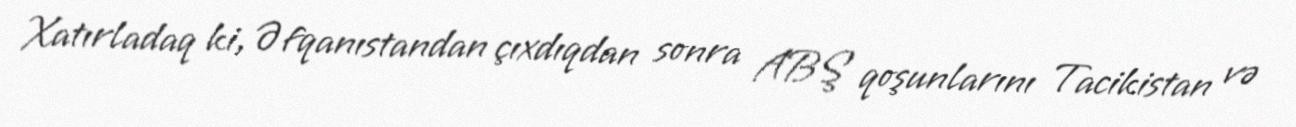
Xatırladaq ki, Əfqanıstandan çıxdıqdan sonra ABŞ qoşunlarını Tacikistan və